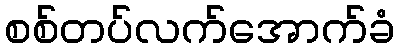
စစ်တပ်လက်အောက်ခံ